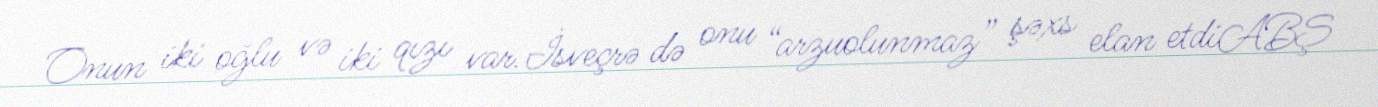
Onun iki oğlu və iki qızı var.İsveçrə də onu “arzuolunmaz” şəxs elan etdiABŞ